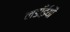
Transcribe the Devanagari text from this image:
लडाँईयौं